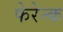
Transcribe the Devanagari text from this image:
फेरेन्क